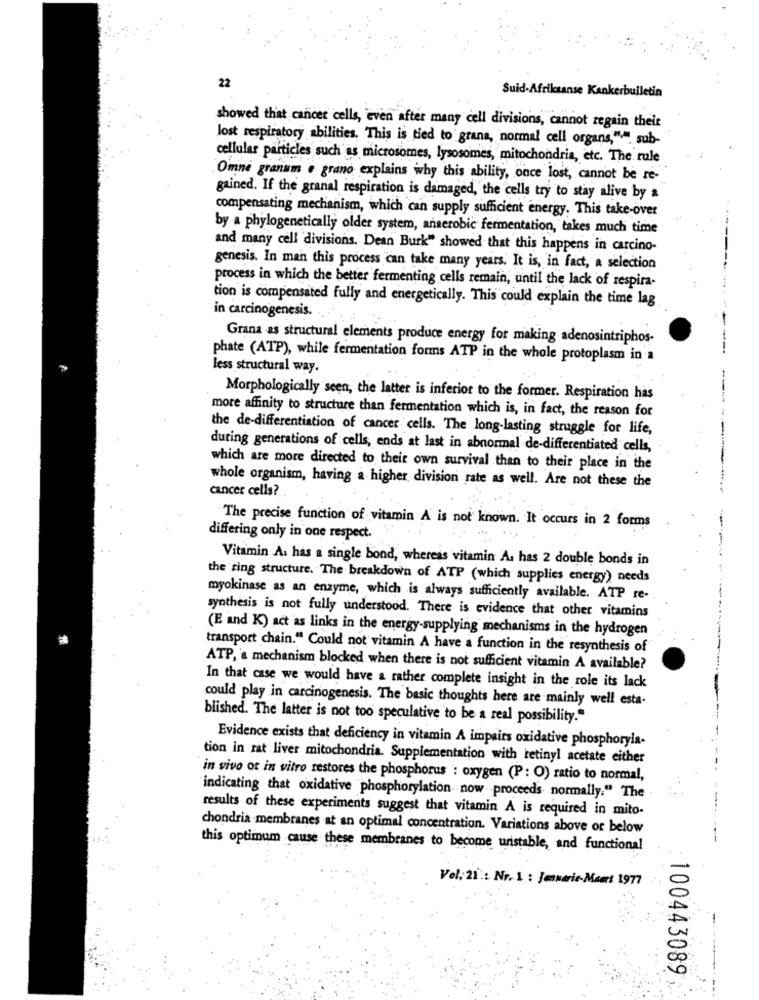
22
Suid-Afrikaanse Kankerbulletin
showed that cancer cells, even after many cell divisions, cannot regain their
lost respiratory abilities. This is tied to grana, normal cell organs,"," sub-
cellular particles such as microsomes, lysosomes, mitochondria, etc. The rule
Omne granum e grano explains why this ability, once lost, cannot be re-
gained. If the granal respiration is damaged, the cells try to stay alive by a
compensating mechanism, which can supply sufficient energy. This take-over
by a phylogenetically older system, anaerobic fermentation, takes much time
and many cell divisions. Dean Burk" showed that this happens in carcino-
genesis. In man this process can take many years. It is, in fact, a selection
process in which the better fermenting cells remain, until the lack of respira-
tion is compensated fully and energetically. This could explain the time lag
in carcinogenesis. .
Grana as structural elements produce energy for making adenosintriphos-
phate (ATP), while fermentation forms ATP in the whole protoplasm in a
less structural way.
Morphologically seen, the latter is inferior to the former. Respiration has
more affinity to structure than fermentation which is, in fact, the reason for
the de-differentiation of cancer cells. The long-lasting struggle for life,
during generations of cells, ends at last in abnormal de-differentiated cells,
which are more directed to their own survival than to their place in the
cancer cells?
whole organism, having a higher division rate as well. Are not these the
The precise function of vitamin A is not known. It occurs in 2 forms
differing only in one respect.
Vitamin A. has a single bond, whereas vitamin A. has 2 double bonds in
the ring structure. The breakdown of ATP (which supplies energy) needs
myokinase as an enzyme, which is always sufficiently available. ATP re-
synthesis is not fully understood. There is evidence that other vitamins
(E and K) act as links in the energy-supplying mechanisms in the hydrogen
transport chain." Could not vitamin A have a function in the resynthesis of
ATP, a mechanism blocked when there is not sufficient vitamin A available?
In that case we would have a rather complete insight in the role its lack
could play in carcinogenesis. The basic thoughts here are mainly well esta-
blished. The latter is not too speculative to be a real possibility."
Evidence exists that deficiency in vitamin A impairs oxidative phosphoryla-
tion in rat liver mitochondria. Supplementation with retinyl acetate either
in vivo ot in vitro restores the phosphorus : oxygen (P: O) ratio to normal,
indicating that oxidative phosphorylation now proceeds normally." The
results of these experiments suggest that vitamin A is required in mito-
chondria membranes at an optimal concentration. Variations above or below
this optimum cause these membranes to become unstable, and functional
Vol. 21 .: Nr. 1 : Janserie-Mart 1977
100443089